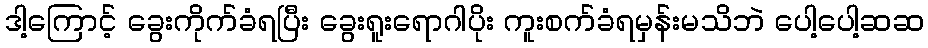
ဒါ့ကြောင့် ခွေးကိုက်ခံရပြီး ခွေးရူးရောဂါပိုး ကူးစက်ခံရမှန်းမသိဘဲ ပေါ့ပေါ့ဆဆ